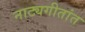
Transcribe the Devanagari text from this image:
नाट्यगीतांत